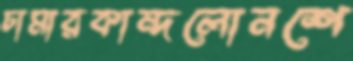
চামারকান্দলোনশে